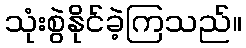
သုံးစွဲနိုင်ခဲ့ကြသည်။